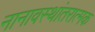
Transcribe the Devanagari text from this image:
नानावस्थांतरात्मक